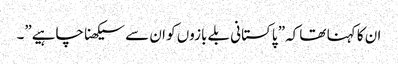
ان کا کہنا تھا کہ” پاکستانی بلے بازوں کو ان سے سیکھنا چاہیے”۔